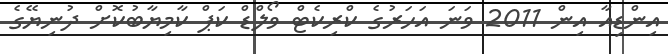
އިންޑިއާ އިން 2011 ވަނަ އަހަރުގެ ކްރިކެޓް ވޯލްޑް ކަޕް ކާމިޔާބުކޮށް ދުނިޔޭގެ